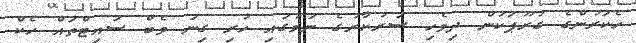
ހެކަރުންގެ ގުރޫޕަކުން ދިވެހި ސަރުކާރުގެ ނަމުގައި ހުރި ގިނަ ވެބް ސައިޓްތައް ހެކް